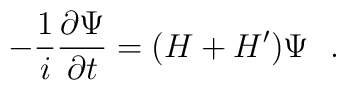
-{1 \over i} {\partial \Psi \over \partial t}= (H + H') \Psi ~~.